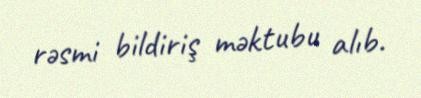
rəsmi bildiriş məktubu alıb.